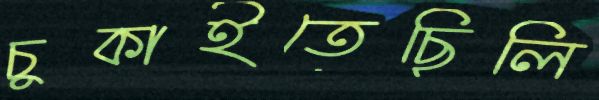
চুকাইতেছিলি